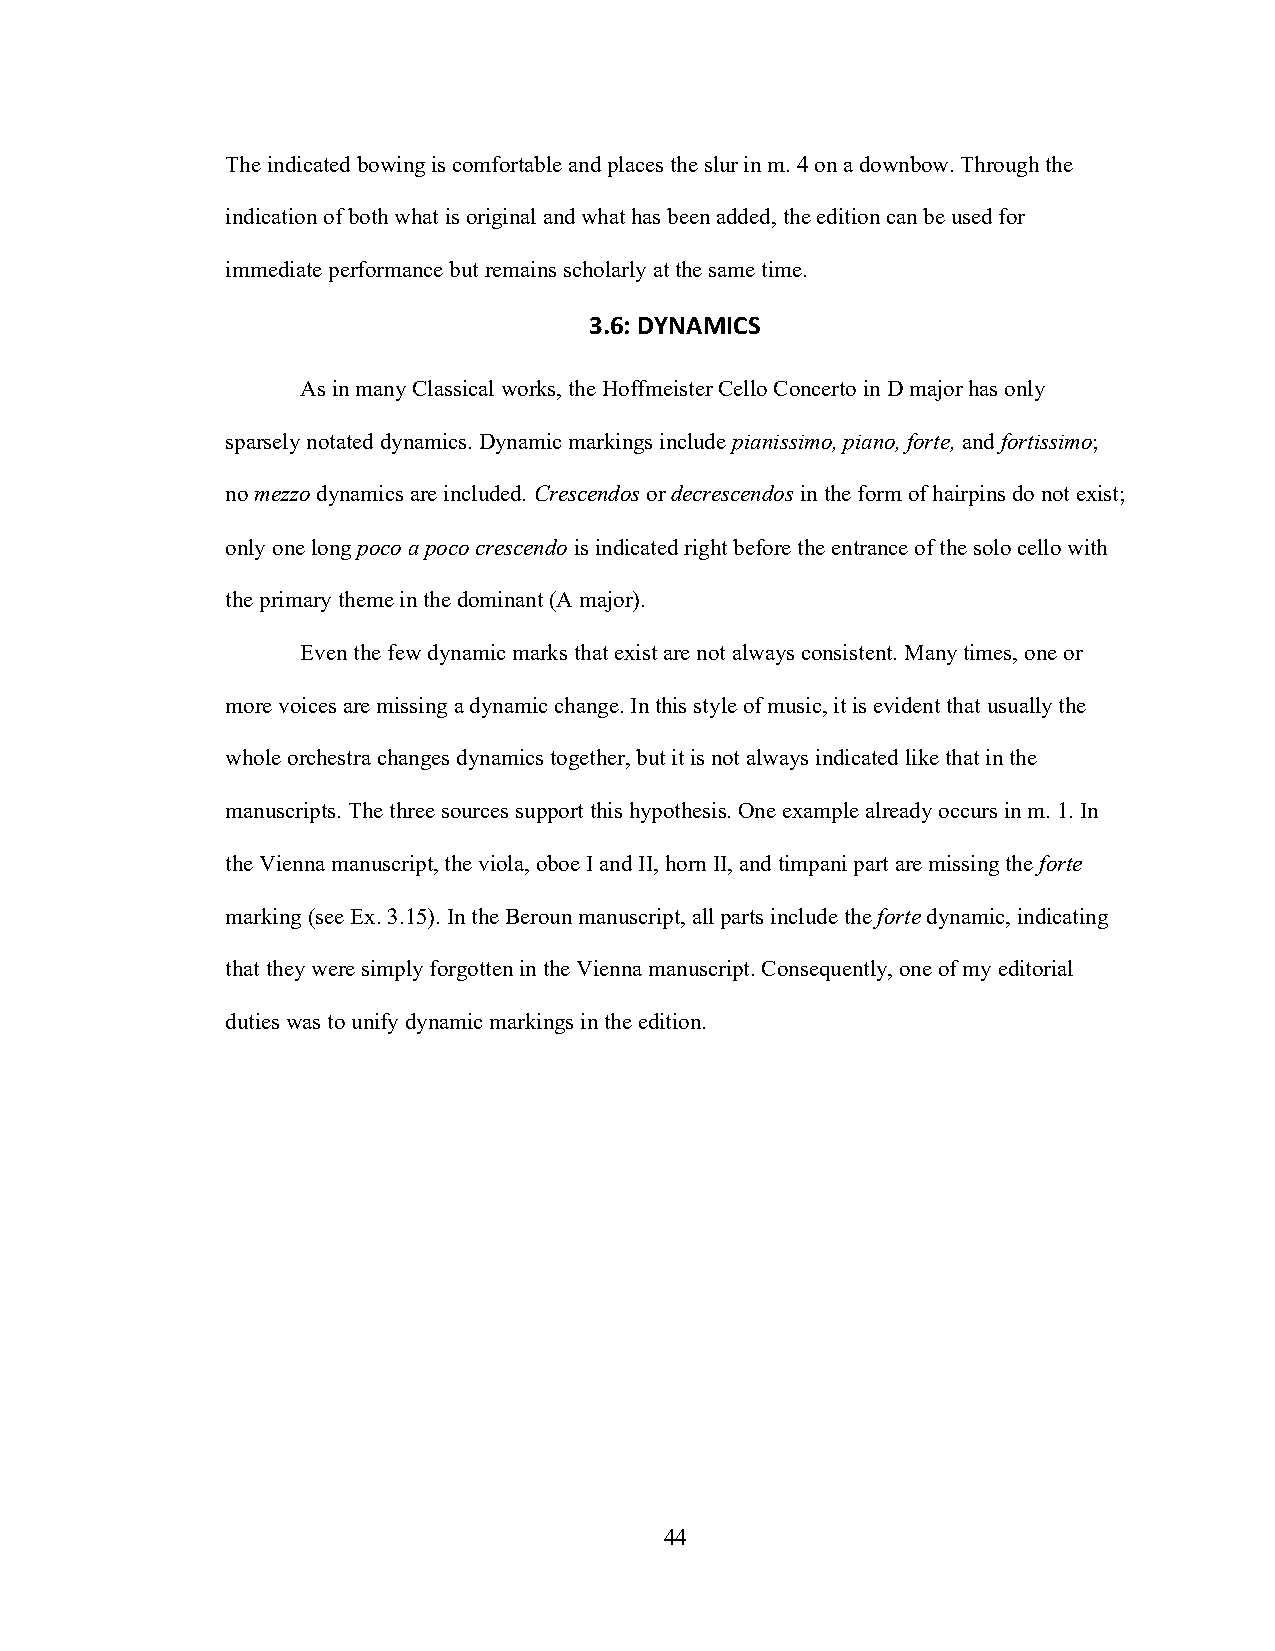
The indicated bowing is comfortable and places the slur in m. 4 on a downbow. Through the
 indication of both what is original and what has been added, the edition can be used for
 immediate performance but remains scholarly at the same time.
 3.6: DYNAMICS
 As in many Classical works, the Hoffmeister Cello Concerto in D major has only
 sparsely notated dynamics. Dynamic markings include pianissimo, piano, forte, and fortissimo;
 no mezzo dynamics are included. Crescendos or decrescendos in the form of hairpins do not exist;
 only one long poco a poco crescendo is indicated right before the entrance of the solo cello with
 the primary theme in the dominant (A major).
 Even the few dynamic marks that exist are not always consistent. Many times, one or
 more voices are missing a dynamic change. In this style of music, it is evident that usually the
 whole orchestra changes dynamics together, but it is not always indicated like that in the
 manuscripts. The three sources support this hypothesis. One example already occurs in m. 1. In
 the Vienna manuscript, the viola, oboe I and II, horn II, and timpani part are missing the forte
 marking (see Ex. 3.15). In the Beroun manuscript, all parts include the forte dynamic, indicating
 that they were simply forgotten in the Vienna manuscript. Consequently, one of my editorial
 duties was to unify dynamic markings in the edition.
 44